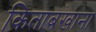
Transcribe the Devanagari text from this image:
किताबखाना